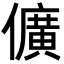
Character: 儣